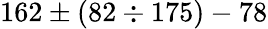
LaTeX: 162\pm(82\div 175)-78